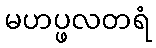
မဟပ္ဖလတရံ